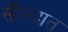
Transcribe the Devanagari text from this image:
सौभद्रात